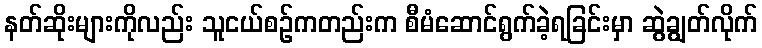
နတ်ဆိုးများကိုလည်း သူငယ်စဉ်ကတည်းက စီမံဆောင်ရွက်ခဲ့ရခြင်းမှာ ဆွဲချွတ်လိုက်